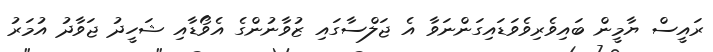
ރައީސް ޔާމީން ބައިވެރިވެވަޑައިގަންނަވާ އެ ޖަލްސާގައި ޒުވާނުންގެ އެވޯޑާއި ޝަހީދު ޖަވާދު އުމަރު